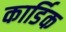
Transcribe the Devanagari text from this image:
कार्डिक